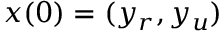
x ( 0 ) = ( y _ { r } , y _ { u } )